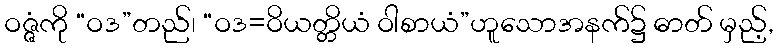
ဝဇ္ဇံကို “ဝဒ”တည်၊ “ဝဒ=ဝိယတ္တိယံ ဝါစာယံ”ဟူသောအနက်၌ ဓာတ် မှည့်,